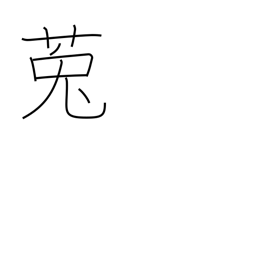
Meaning: dodder (plant)